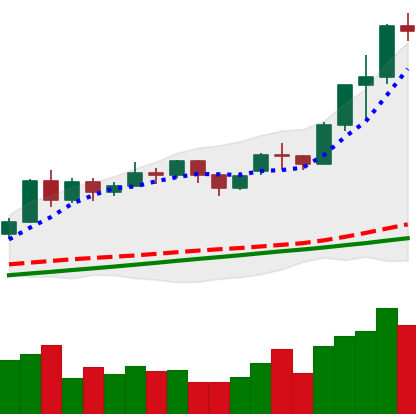
Ticker: ETH-USD
Chart end date: 2020-11-24
Forward return: -4.66%
Label: down_3_5